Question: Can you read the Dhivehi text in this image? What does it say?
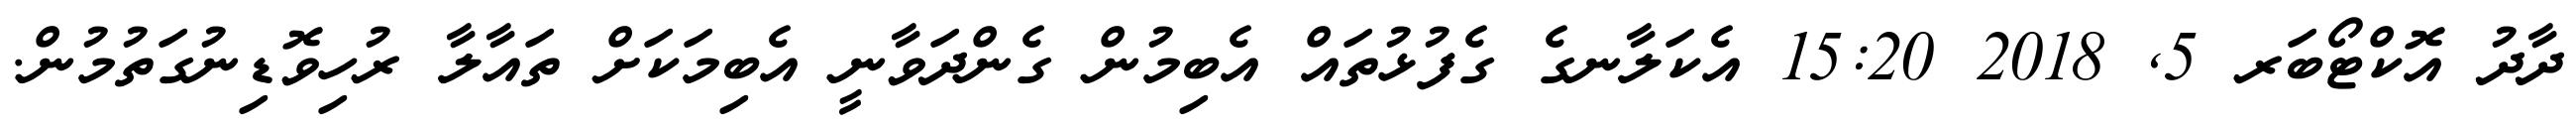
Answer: ދާދު އޮކްޓޯބަރ 5, 2018 15:20 އެކަލާނގެ ގެފުޅުތައް އެބިމުން ގެންދަވާނީ އެބިމަކަށް ތައާލާ ރުހިވޮޑިނުގަތުމުން.